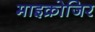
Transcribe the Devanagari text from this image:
माइक्रोजि़र